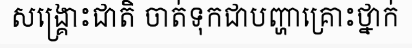
សង្គ្រោះជាតិ ចាត់ទុកជាបញ្ហាគ្រោះថ្នាក់